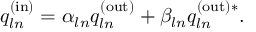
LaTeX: q _ { l n } ^ { \mathrm { ( i n ) } } = \alpha _ { l n } q _ { l n } ^ { \mathrm { ( o u t ) } } + \beta _ { l n } q _ { l n } ^ { \mathrm { ( o u t ) } * } .